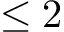
\leq 2